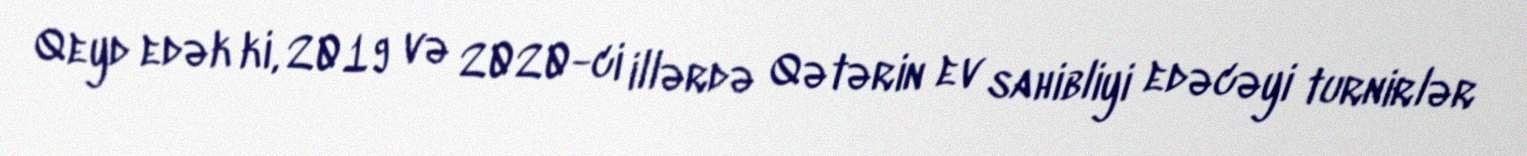
Qeyd edək ki, 2019 və 2020-ci illərdə Qətərin ev sahibliyi edəcəyi turnirlər